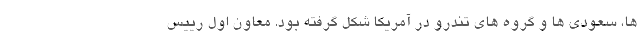
ها، سعودی ها و گروه های تندرو در آمریکا شکل گرفته بود. معاون اول رییس